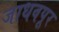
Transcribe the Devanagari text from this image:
जाधवपूर